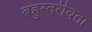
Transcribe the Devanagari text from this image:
बहुस्तरीयता